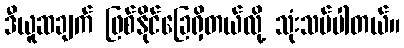
ဒီယူဆချက် ဖြစ်နိုင်ခြေရှိတယ်လို့ သုံးသပ်ပါတယ်။